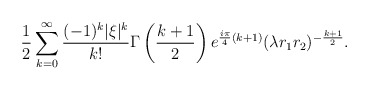
\begin{align*}\frac 12 \sum_{k=0}^\infty \frac{(-1)^k|\xi|^k}{k!}\Gamma\left(\frac{k+1}{2}\right)e^{\frac{i\pi}{4}(k+1)}(\lambda r_1 r_2 )^{- \frac{k+1}{2}}.\end{align*}